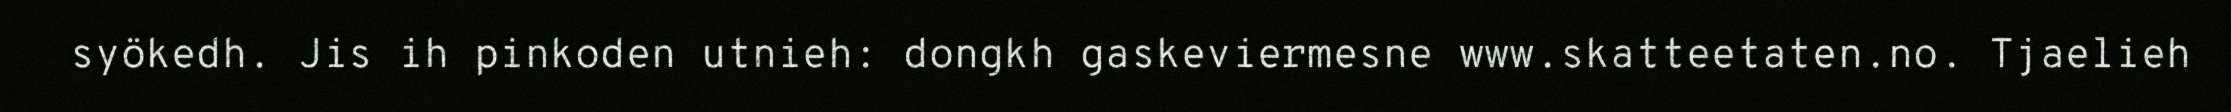
syökedh. Jis ih pinkoden utnieh: dongkh gaskeviermesne www.skatteetaten.no. Tjaelieh